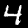
Digit: 4